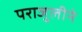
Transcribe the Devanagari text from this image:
पराजुलीने